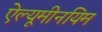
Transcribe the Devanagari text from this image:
ऐल्यूमीनयिम